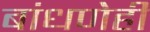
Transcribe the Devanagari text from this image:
बांधणेही